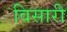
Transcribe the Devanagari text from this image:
विसारी